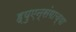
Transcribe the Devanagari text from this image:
ह्युएन्संगाच्या